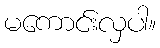
မကောင်းလှပါ။